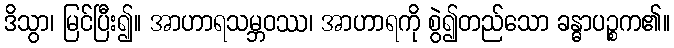
ဒိသွာ၊ မြင်ပြီး၍။ အာဟာရသမ္ဘဝဿ၊ အာဟာရကို စွဲ၍တည်သော ခန္ဓာပဉ္စက၏။